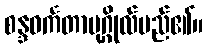
စန္ဒဝင်္ကတာပုဂ္ဂိုလ်မည်၏။